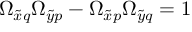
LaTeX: \Omega _ { \tilde { x } q } \Omega _ { \tilde { y } p } - \Omega _ { \tilde { x } p } \Omega _ { \tilde { y } q } = 1